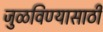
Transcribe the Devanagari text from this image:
जुळविण्यासाठी